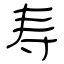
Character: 寿